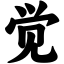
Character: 觉